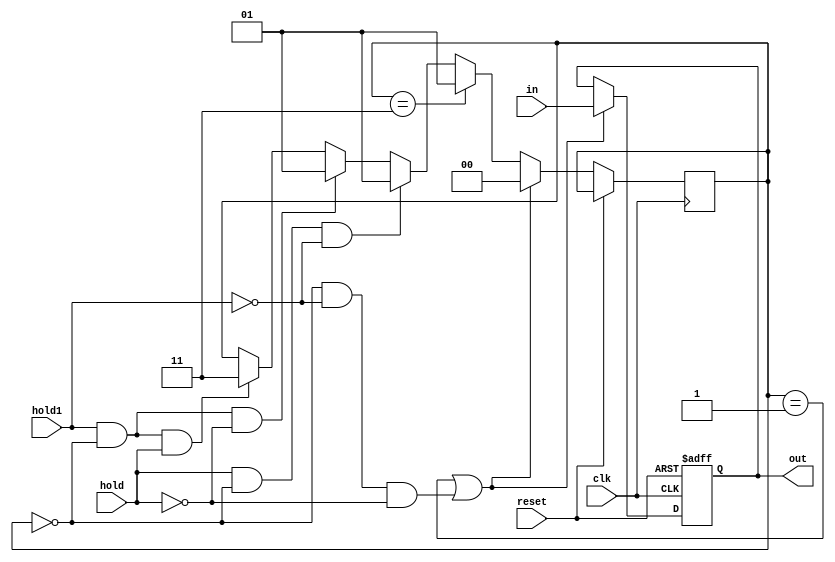
`timescale 1ns / 1ps
//////////////////////////////////////////////////////////////////////////////////
// Company: 
// Engineer: 
// 
// Design Name: 
// Module Name:    PC 
// Project Name: 
// Target Devices: 
// Tool versions: 
// Description: 
//
// Dependencies: 
//
// Revision: 
// Revision 0.01 - File Created
// Additional Comments: 
//
//////////////////////////////////////////////////////////////////////////////////
module PC(clk, reset, in, out, hold1,hold);
input clk, reset;
input [31:0] in;
input hold,hold1;
output reg[31:0] out;
reg [1:0]flag;
initial 
begin
out=32'b0;
flag=2'b00;
end
always@(posedge clk or posedge reset)
begin
if (reset==1'b1) out<=32'b0;
else if ((flag==2'b01)||(flag==2'b00&&(!hold1)&&(!hold))) begin
out<=in;
flag<=2'b00;
end
else if (flag==2'b11) begin
flag<=2'b01;
end
else if (hold&&(flag==2'b00)&&(!hold1)) begin
flag<=2'b01;
end
else if (hold1&&(flag==2'b00)&&(!hold)) begin
flag<=2'b01;
end
else if (hold1&&(flag==2'b00)&&(hold)) begin
flag<=2'b11;
end
end
endmodule